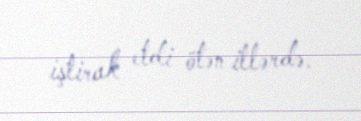
iştirak etdi ötən illərdə.